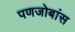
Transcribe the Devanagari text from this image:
पणजोबांस